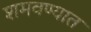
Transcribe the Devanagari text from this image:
शमवण्यात